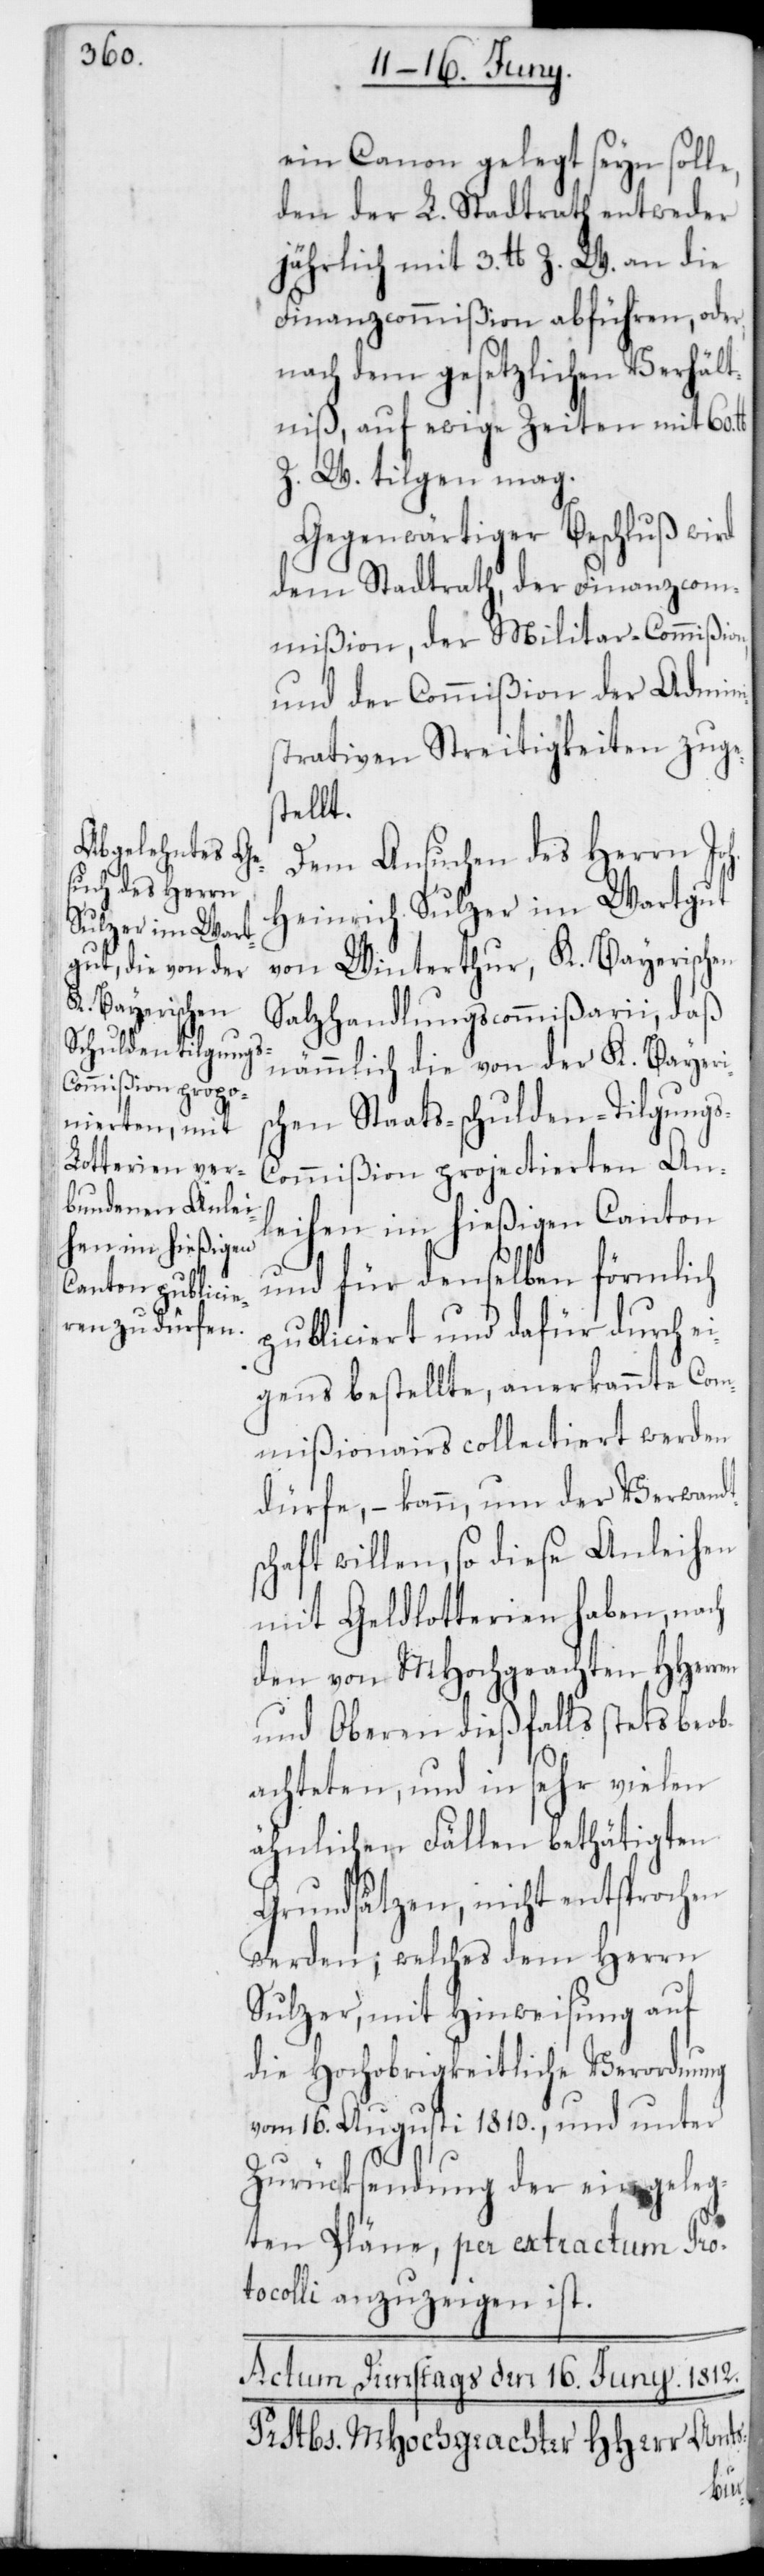
ein Canon gelegt seyn solle,
den der L. Stadtrath entweder
jährlich mit 3. lb Z. W. an die
Finanzcommißion abführen, oder
nach dem gesetzlichen Verhält¬
niß, auf ewige Zeiten mit 60.
Z. W. tilgen mag.
Gegenwärtiger Beschluß wird
dem Stadtrath, der Finanzcom¬
mißion, der Militar-Commißion
und der Commißion der Admini¬
strativen Streitigkeiten zuge¬
stellt.
Dem Ansuchen des Herrn Joh.
Heinrich Sulzer im Wartgut
von Winterthur, K. Bayerischen
Salzhandlungscommißarii, daß
nämmlich die von der K. Bayer¬
chen Staats-schulden-Tilgung¬
s-Commißion projectierten An¬
leihen im hießigen Canton
und für denselben förmlich
publiciert und dafür durch e¬
igens bestellte, anerkannte Com¬
mißionairs collectiert werden
dürfe, – kann, um der Verwandt¬
schaft willen, so diese Anleihen
mit Geldlotterien haben, nach
den von MHochgeachten HHer¬
und Oberen dießfalls stets beob¬
achteten, und in sehr vielen
ähnlichen Fällen bethätigten
Grundsätzen, nicht entsprochen
werden; welches dem Herrn
Sulzer, mit Hinweisung auf
die Hochobrigkeitliche Verordnung
vom 16. Augusti 1810., und unter
Zurücksendung der eingeleg¬
ten Pläne, per extractum Pro¬
tocolli anzuzeigen ist.
ren